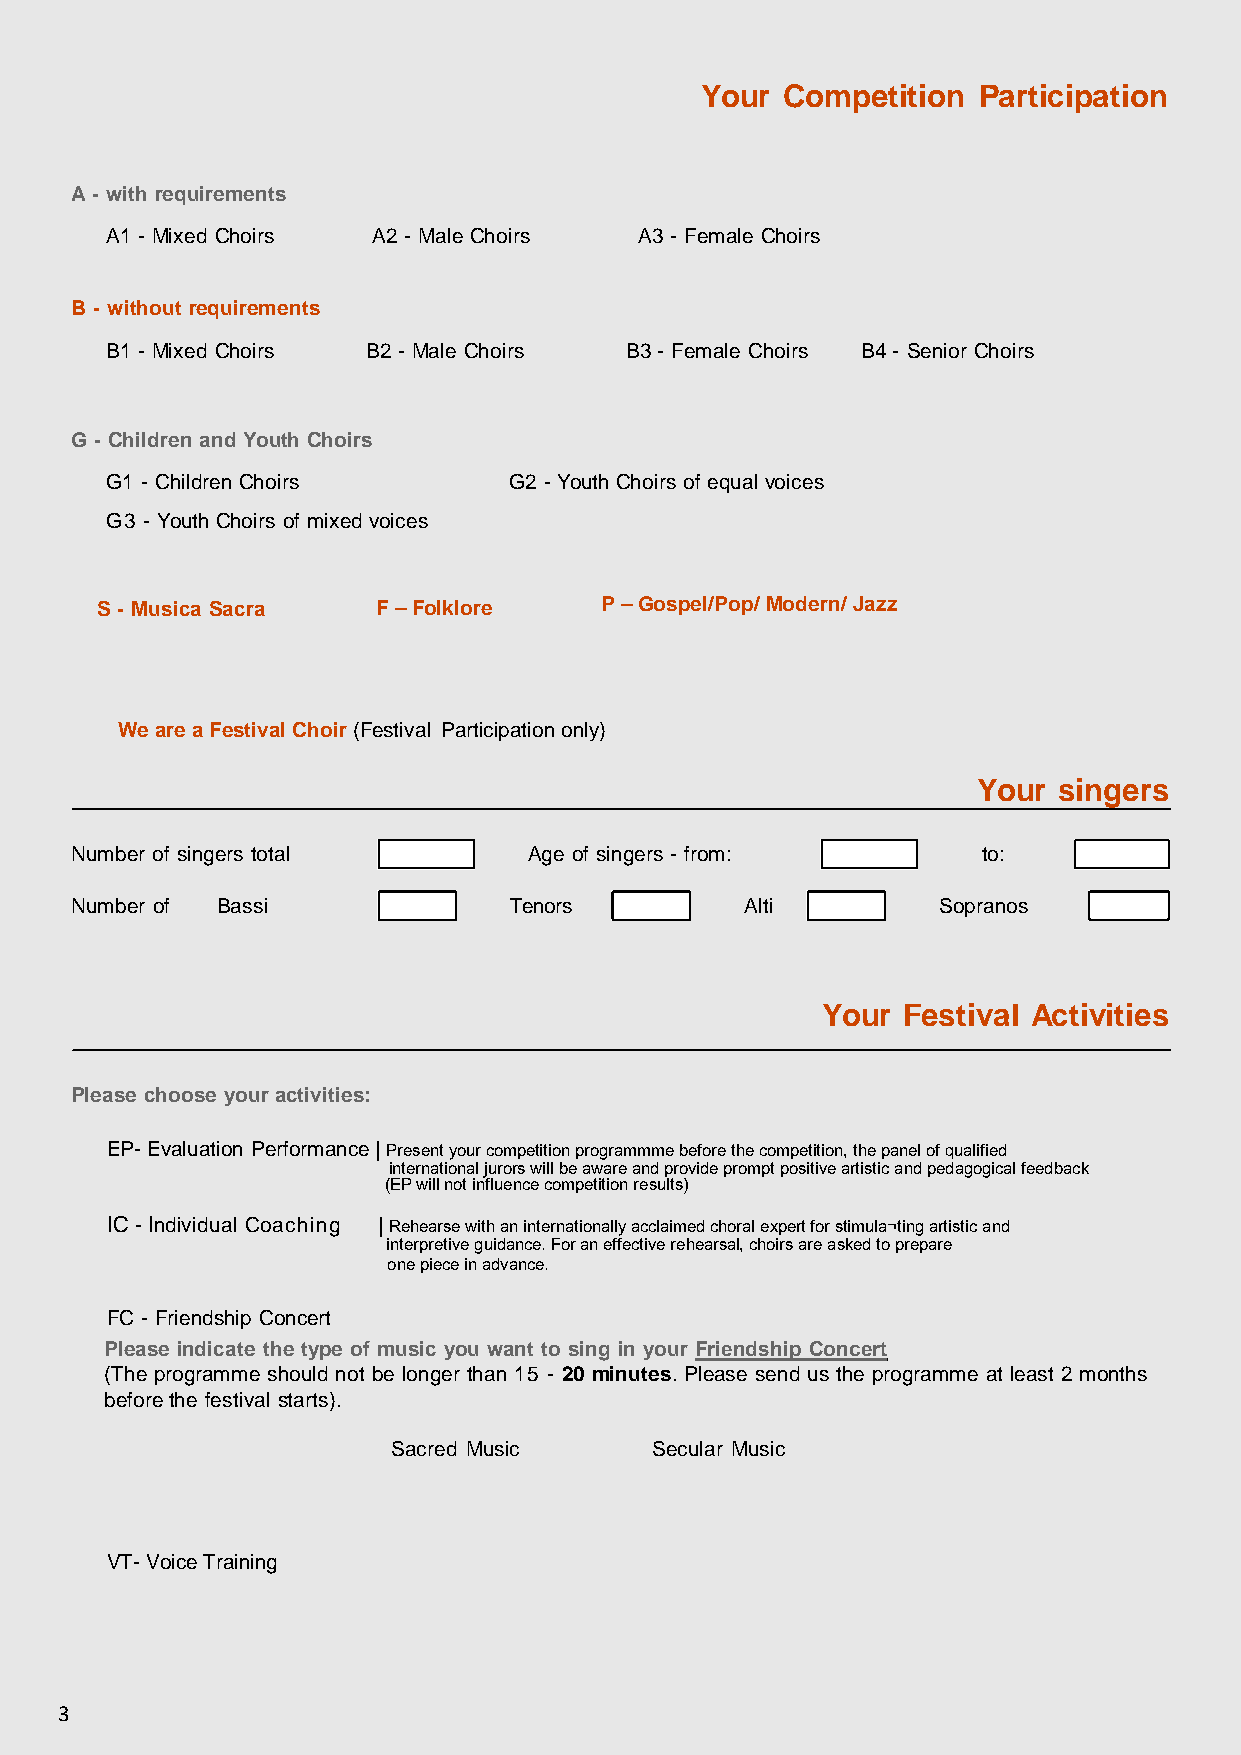
Your  Competition  Participation
 A - with requirements
 A1 - Mixed Choirs A2 - Male Choirs A3 - Female Choirs
 B - without requirements
 B1 - Mixed Choirs B2 - Male Choirs B3 - Female Choirs B4 - Senior Choirs
 G - Children and Youth Choirs
 G1 - Children Choirs       G2 - Youth Choirs of equal voices
 G3 - Youth Choirs of mixed voices
 S - Musica Sacra   F – Folklore   P – Gospel/Pop/ Modern/ Jazz
 We are a Festival Choir (Festival Participation only)
 Your singers
 Number of singers total       Age of singers - from:        to:
 Number of Bassi              Tenors         Alti         Sopranos
 Your  Festival Activities
 Please choose your activities:
 EP- Evaluation Performance | Present your competition programmme before the competition, the panel of qualified
 international jurors will be aware and provide prompt positive artistic and pedagogical feedback
 (EP will not influence competition results)
 IC - Individual Coaching | Rehearse with an internationally acclaimed choral expert for stimula¬ting artistic and
 interpretive guidance. For an effective rehearsal, choirs are asked to prepare
 one piece in advance.
 FC - Friendship Concert
 Please indicate the type of music you want to sing in your Friendship Concert
 (The programme should not be longer than 15 - 20 minutes. Please send us the programme at least 2 months
 before the festival starts).
 Sacred Music     Secular Music
 VT- Voice Training
 3